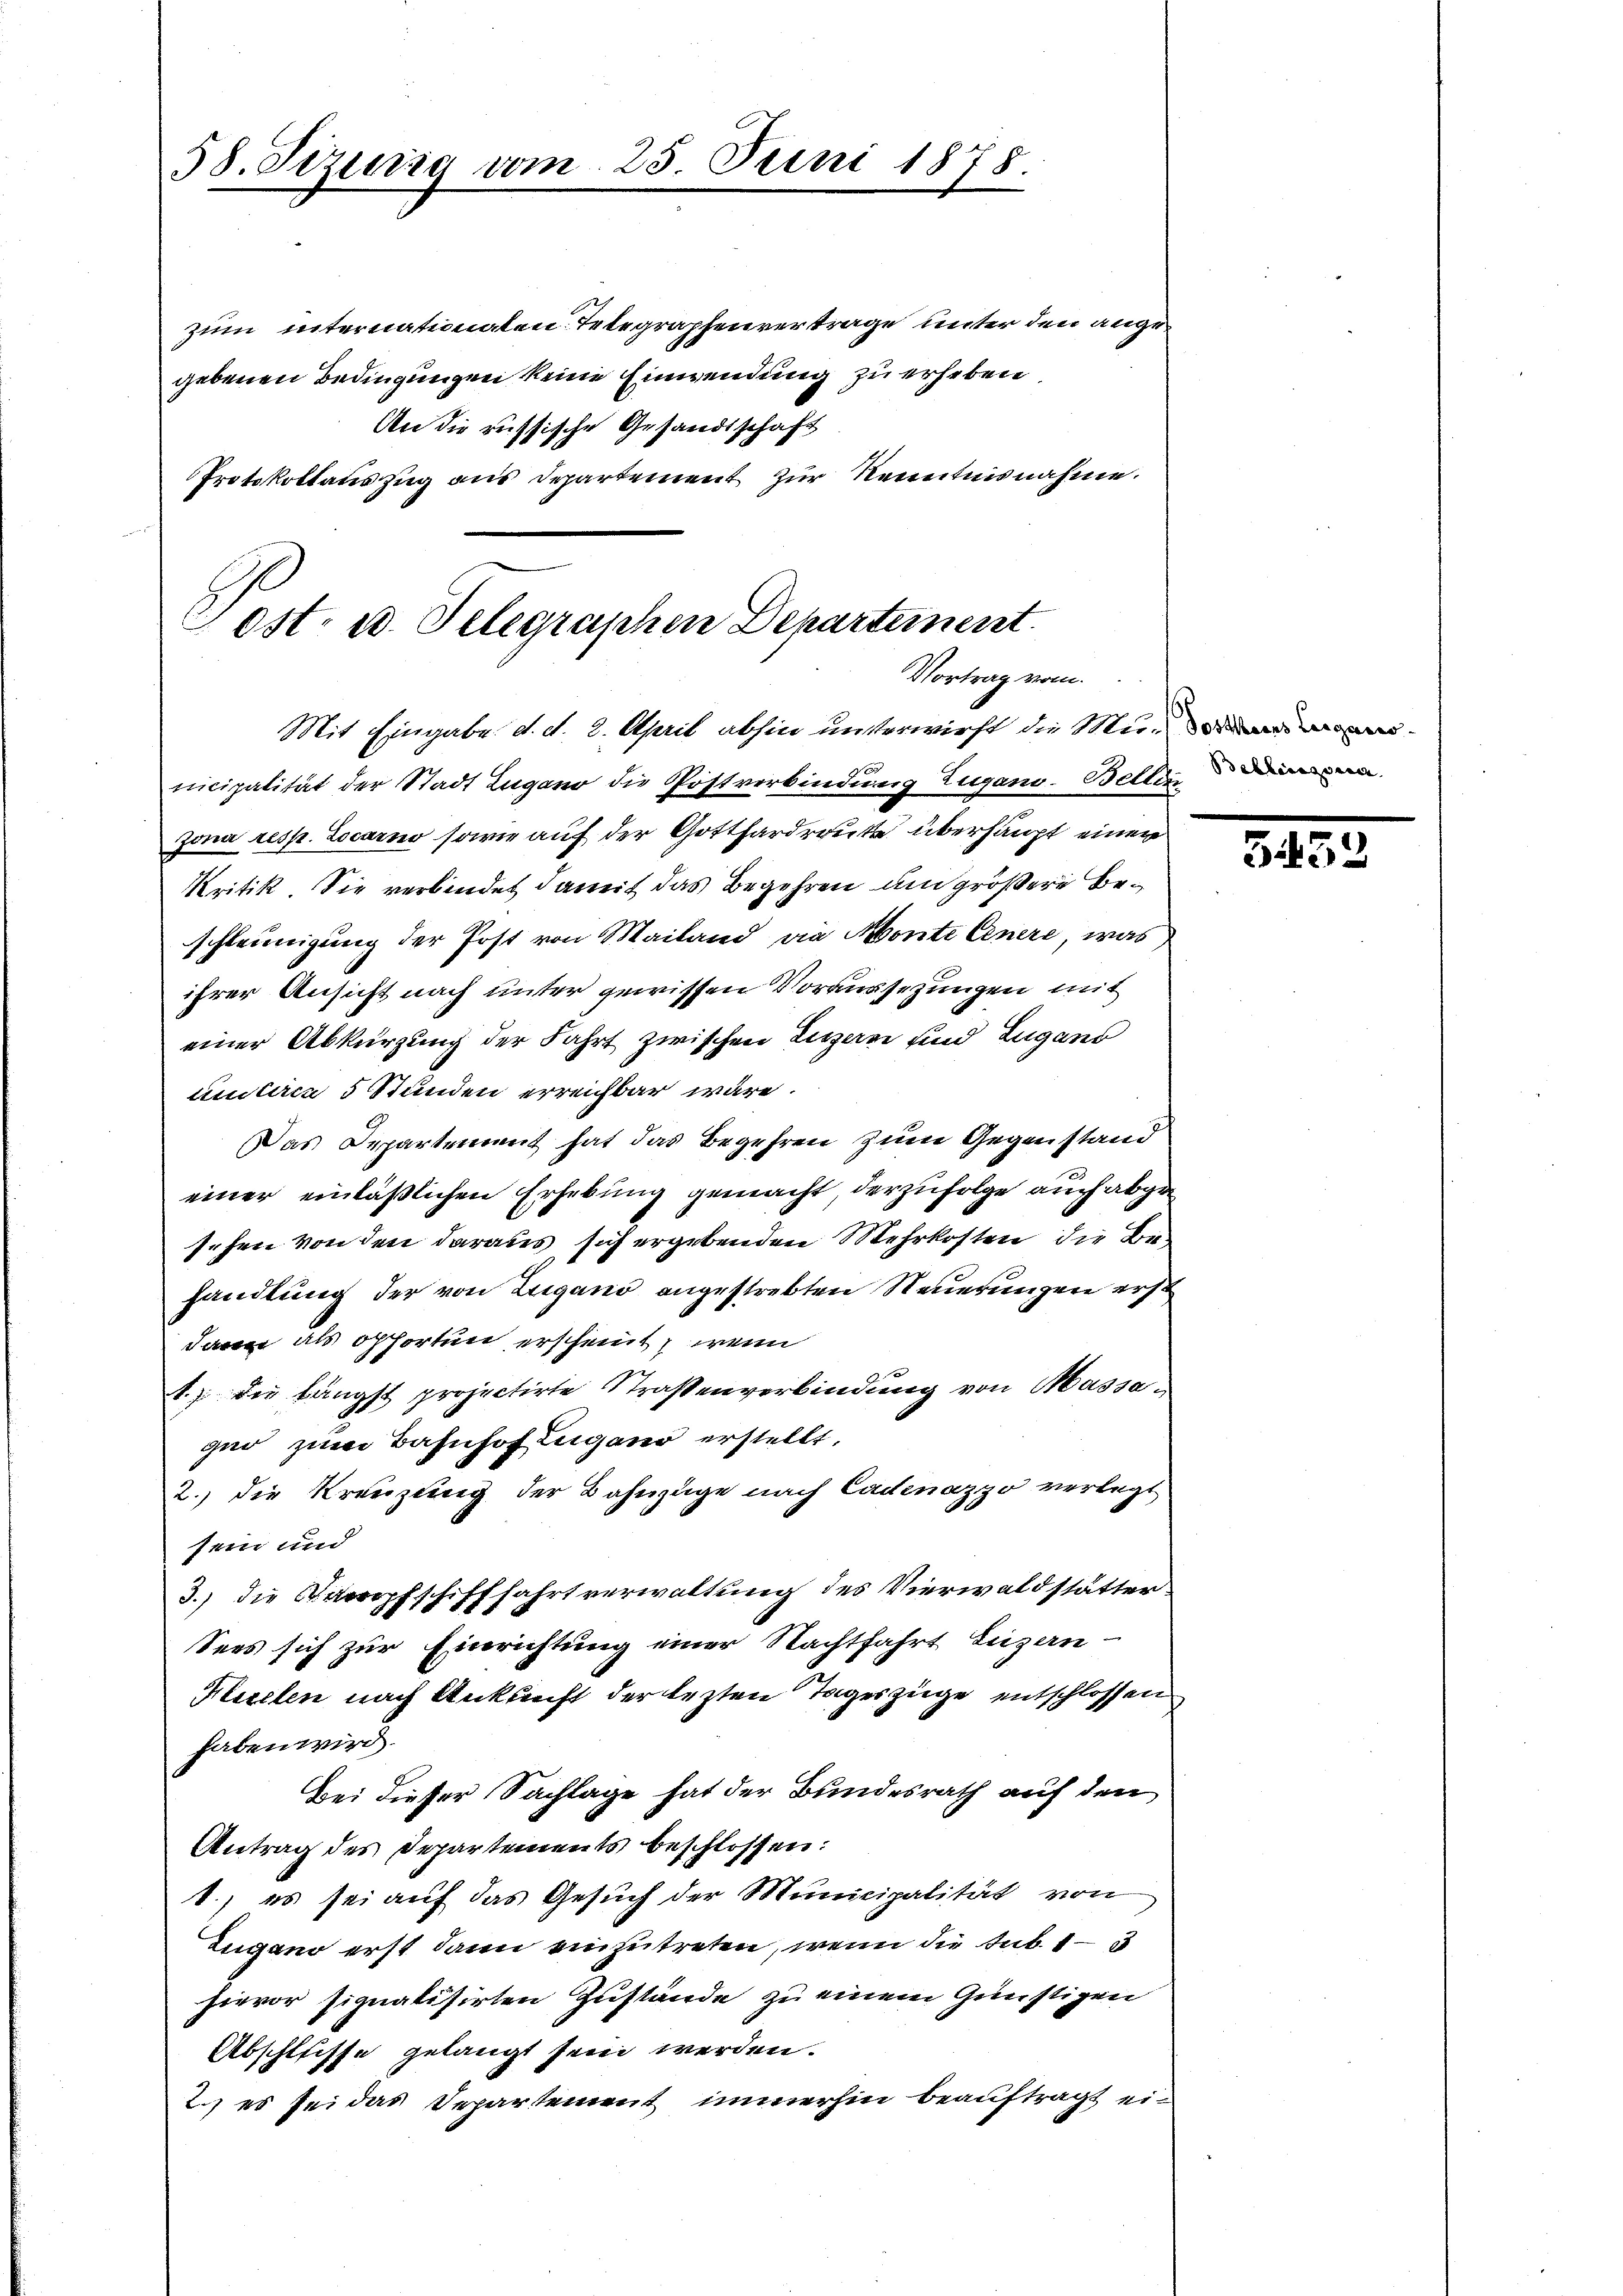
58. Sizung vom 25. Juni 1878.

zum internationalen Telegraphenvertrage unter den angegebenen Bedingungen keine Einwendung zu erheben.
An die russische Gesandtschaft
Protokollauszug aus Departement zur Kenntnisnahme.

Post- u. Selegraphen Departement.
Vortrag vom
Mit Eingabe d. d. 2. April abhin unterwirft die Mi¬

x
nicipalität der Stadt Lugano die Postverbindung Zugano-Bellin
Jona resp. Locarno sowie auf der Gotthardrucke überhaupt einen
Kritik. Sie verbindet damit das Begehren um größere Beschleunigung der Post von Mailand, die Monte Genere, was
ihrer Ansicht nach unter gewissen Voraussezungen mit
einer Abkürzung der Fahrt zwischen Ligen und Zugano
unitiren 5 Stunden erreichbar wäre.
Das Departement hat das Begehren zum Gegenstand
einer einläßlichen Erhebung gemacht derzufolge auch abgesehen von den daraus sich ergebenden Mehrkosten die Behandlung der von Zugano angestrebten Steuerungen erst
dann als offerten erscheint, wenn
1.) Die längst projectirte Straßenverbindung von Massagio zum Bahnhof Zugano erstellt.
2.) die Kreuzling der Bahnzüge nach Cadenazzo verlegt
sein und
3.) Die Darropfschifffahrt verwaltung des Vierwaldstätter
Sees sich zur Einrichtung einer Nachtfahrt Luzern-
Kirchen nach Ankunft der lezten Tageszüge entschlossen
haben wird.
Bei dieser Sachlage hat der Bundesrath auf den
Antrag des Departements beschlossen:
1., es sei auf das Gesuch der Municipalität von
Zugano erst dann einzutreten, wenn die Sub. 1 –
hievor signalisirten Zustände zu einem Günstigen
Abschlusse gelangt sein werden.
2.) es sei das Departement immerhin beauftragt ei¬

5452